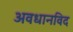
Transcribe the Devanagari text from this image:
अवधानविद